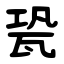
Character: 㼦